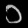
Digit: ၁